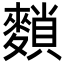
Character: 䵀